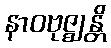
နာဝဗုဇ္ဈန္တိ